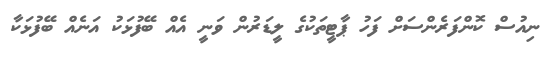
ނިއުސް ކޮންފަރެންސަށް ފަހު ޕާޓީތަކުގެ ލީޑަރުން ވަނީ އެއް ބޭފުޅަކު އަނެއް ބޭފުޅަކާ